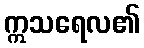
ဣသရေလ၏